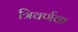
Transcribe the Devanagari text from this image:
त्रिवर्णक